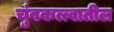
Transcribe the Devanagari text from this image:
चुंबकत्त्वातील